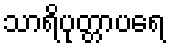
သာရိပုတ္တာပရေ